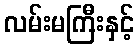
လမ်းမကြီးနှင့်